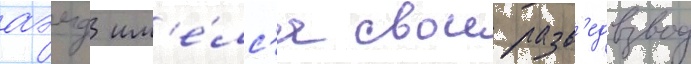
аэмд им'е́лс'я свои разв'едвзвод